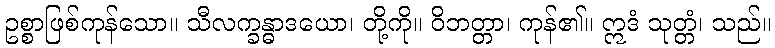
ဥစ္စာဖြစ်ကုန်သော။ သီလက္ခန္ဓာဒယော၊ တို့ကို။ ဝိဘတ္တာ၊ ကုန်၏။ ဣဒံ သုတ္တံ၊ သည်။